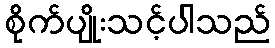
စိုက်ပျိုးသင့်ပါသည်